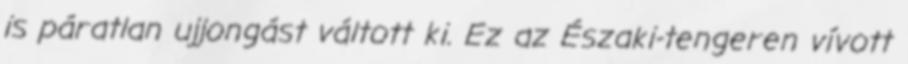
is páratlan ujjongást váltott ki. Ez az Északi-tengeren vívott